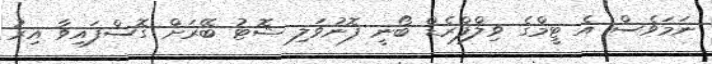
ނަމަވެސް އެ ޓީމްގެ ވިލްފްރެޑް ބޯނީ ފޮނުވަލި ޝޮޓު ބޭރަށް ގޮސްފައިވާ އިރު